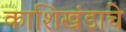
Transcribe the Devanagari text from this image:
काशिखंडाचे